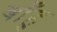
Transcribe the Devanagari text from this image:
बाँहु